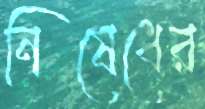
নিষেধের